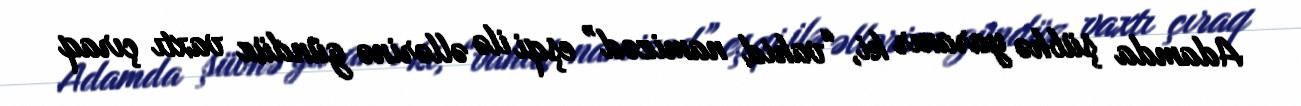
Adamda şübhə yaranır ki, “vahid namizəd” eşqi ilə əllərinə gündüz vaxtı çıraq